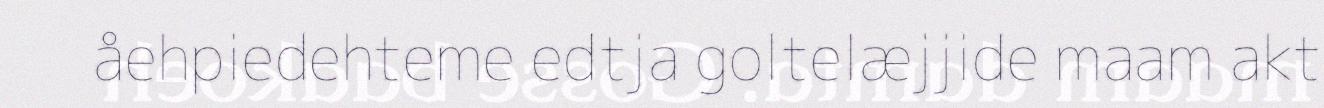
åehpiedehteme edtja goltelæjjide maam akt